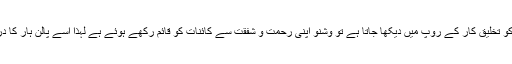
یعنی اگر برہما کو تخلیق کار کے روپ میں دیکھا جاتا ہے تو وشنو اپنی رحمت و شفقت سے کائنات کو قائم رکھے ہوئے ہے لہذا اسے پالن ہار کا درجہ حاصل ہے۔